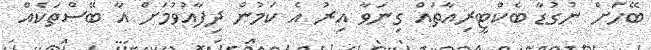
ބޭހަށް ނުގުޑާ ބެކްޓީރިއާތައް ގިނަވާ އިރު އެ ކަމުން ދިފާއުވުމަށް އާ ބޭސްތަކެއް